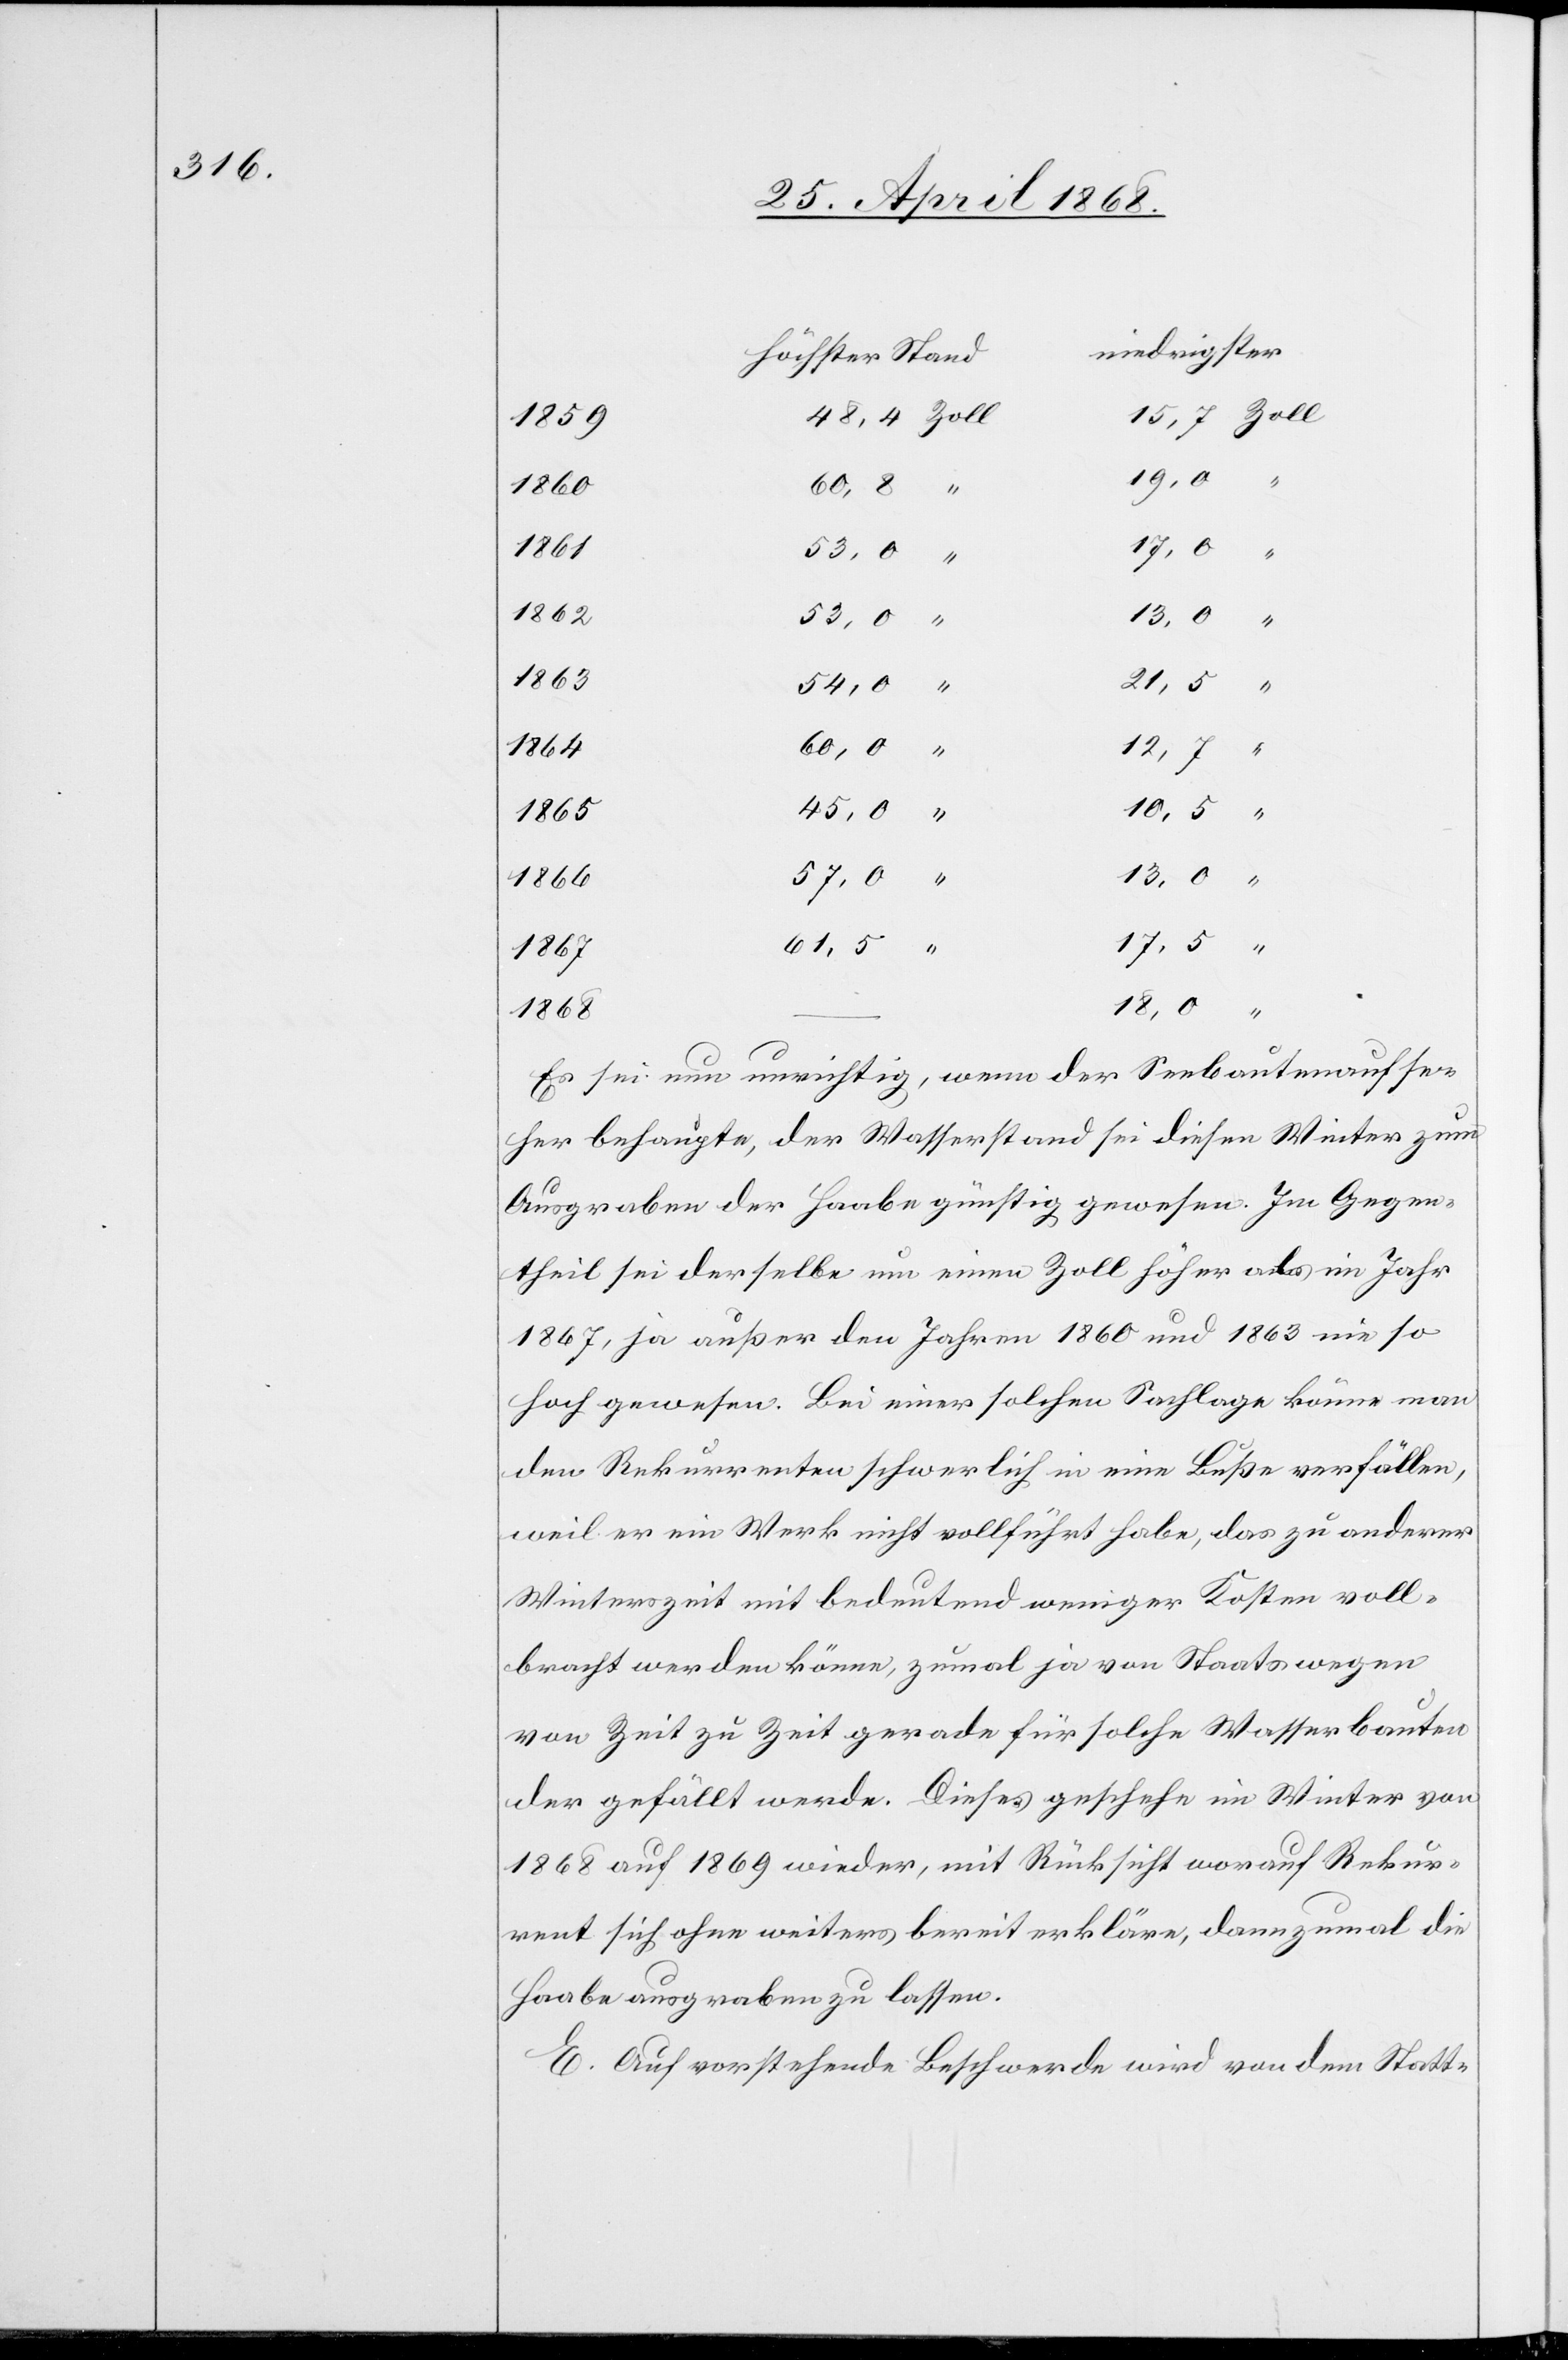
48,4 Zoll
15,7 Zoll
1859
19,0
1861
17,5
1862
13,0
“
1863
21,5 “
1864
12,7 “
1868
57,0 “
1866
1867
18,0 “
Es sei nun unrichtig, wenn der Seebautenaufse¬
her behaupte, der Wasserstand sei diesen Winter zum
Ausgraben der Haabe günstig gewesen. Im Gegen¬
theil sei derselbe um einen Zoll höher als im Jahr
1867, ja außer den Jahren 1860 und 1863 nie so
hoch gewesen. Bei einer solchen Sachlage könne man
den Rekurrenten schwerlich in eine Buße verfällen,
weil er ein Werk nicht vollführt habe, das zu anderer
Winterszeit mit bedeutend weniger Kosten voll¬
bracht werden könne, zumal ja von Staatswegen
von Zeit zu Zeit gerade für solche Wasserbauten
der gefällt werde [sic!]. Dieses geschehe im Winter von
1868 auf 1869 wieder, mit Rücksicht worauf Rekur¬
rent sich ohne weiters bereit erkläre, dannzumal die
Haabe ausgraben zu lassen.
E. Auf vorstehende Beschwerde wird von dem Statt-